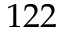
1 2 2